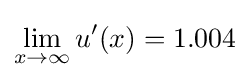
\lim _{x\to \infty }u'(x)=1.004